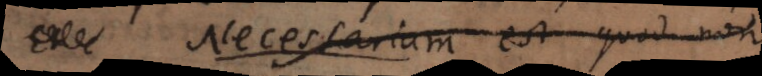
necessario est, quod non